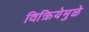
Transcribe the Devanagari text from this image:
विक्रियेमुळे